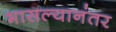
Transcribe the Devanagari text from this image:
भासल्यानंतर